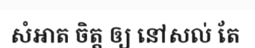
សំអាត ចិត្ត ឲ្យ នៅសល់ តែ